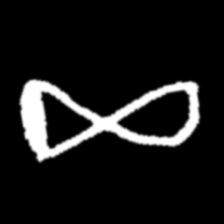
Pyu character \u2014 Myanmar letter: ဆ (romanized: cha)